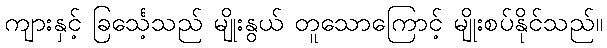
ကျားနှင့် ခြင်္သေ့သည် မျိုးနွယ် တူသောကြောင့် မျိုးစပ်နိုင်သည်။